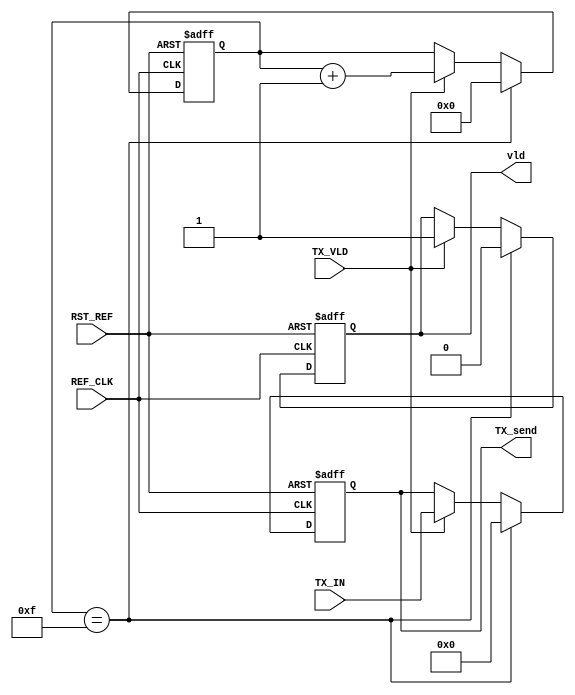
module flag_TX #(parameter DATA_WIDTH = 8)
(
    input wire      [DATA_WIDTH     -1 : 0]         TX_IN               ,
    input wire        						        TX_VLD              ,
    input wire                                      REF_CLK             ,
    input wire                                      RST_REF             ,

    output reg       [DATA_WIDTH     -1 : 0]        TX_send             ,
    output reg                                      vld
);

    reg       [3:0]                         cnt_TX                      ;
    reg                                     done                        ;

    always@(posedge REF_CLK or negedge RST_REF)
            begin

                if(!RST_REF)
                    begin
                
                        TX_send <= 'b0                                  ;
                        vld     <= 'b0                                  ;
                        cnt_TX  <= 'b0                                  ;
                
                    end
                else if(cnt_TX == 'b1111)
                    begin
                
                        TX_send <= 'b0                                  ;
                        vld     <= 'b0                                  ;
                        cnt_TX  <= 'b0                                  ;
                
                    end 
                else if(TX_VLD)
                    begin
                
                        TX_send <= TX_IN                                ;
                        vld     <= 'b1                                  ;
                        cnt_TX  <= cnt_TX + 'b1                         ;
                
                    end    
            
            end
     

endmodule